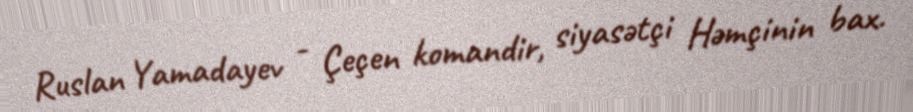
Ruslan Yamadayev - Çeçen komandir, siyasətçi Həmçinin bax.